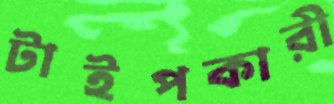
টাইপকারী